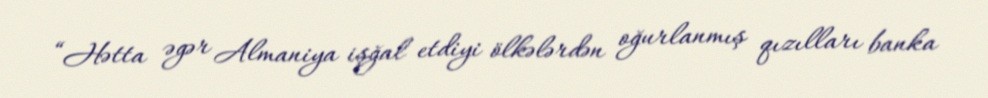
“Hətta əgər Almaniya işğal etdiyi ölkələrdən oğurlanmış qızılları banka